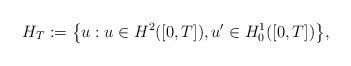
LaTeX: \begin{align*}H_T:=\bigl\{u: u\in H^2([0, T]), u'\in H^1_0([0, T])\bigr\},\end{align*}